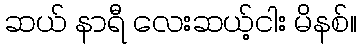
ဆယ် နာရီ လေးဆယ့်ငါး မိနစ်။